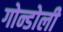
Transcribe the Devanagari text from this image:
गोन्डोली